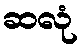
ဆလုံ